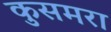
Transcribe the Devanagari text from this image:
कुसमरा